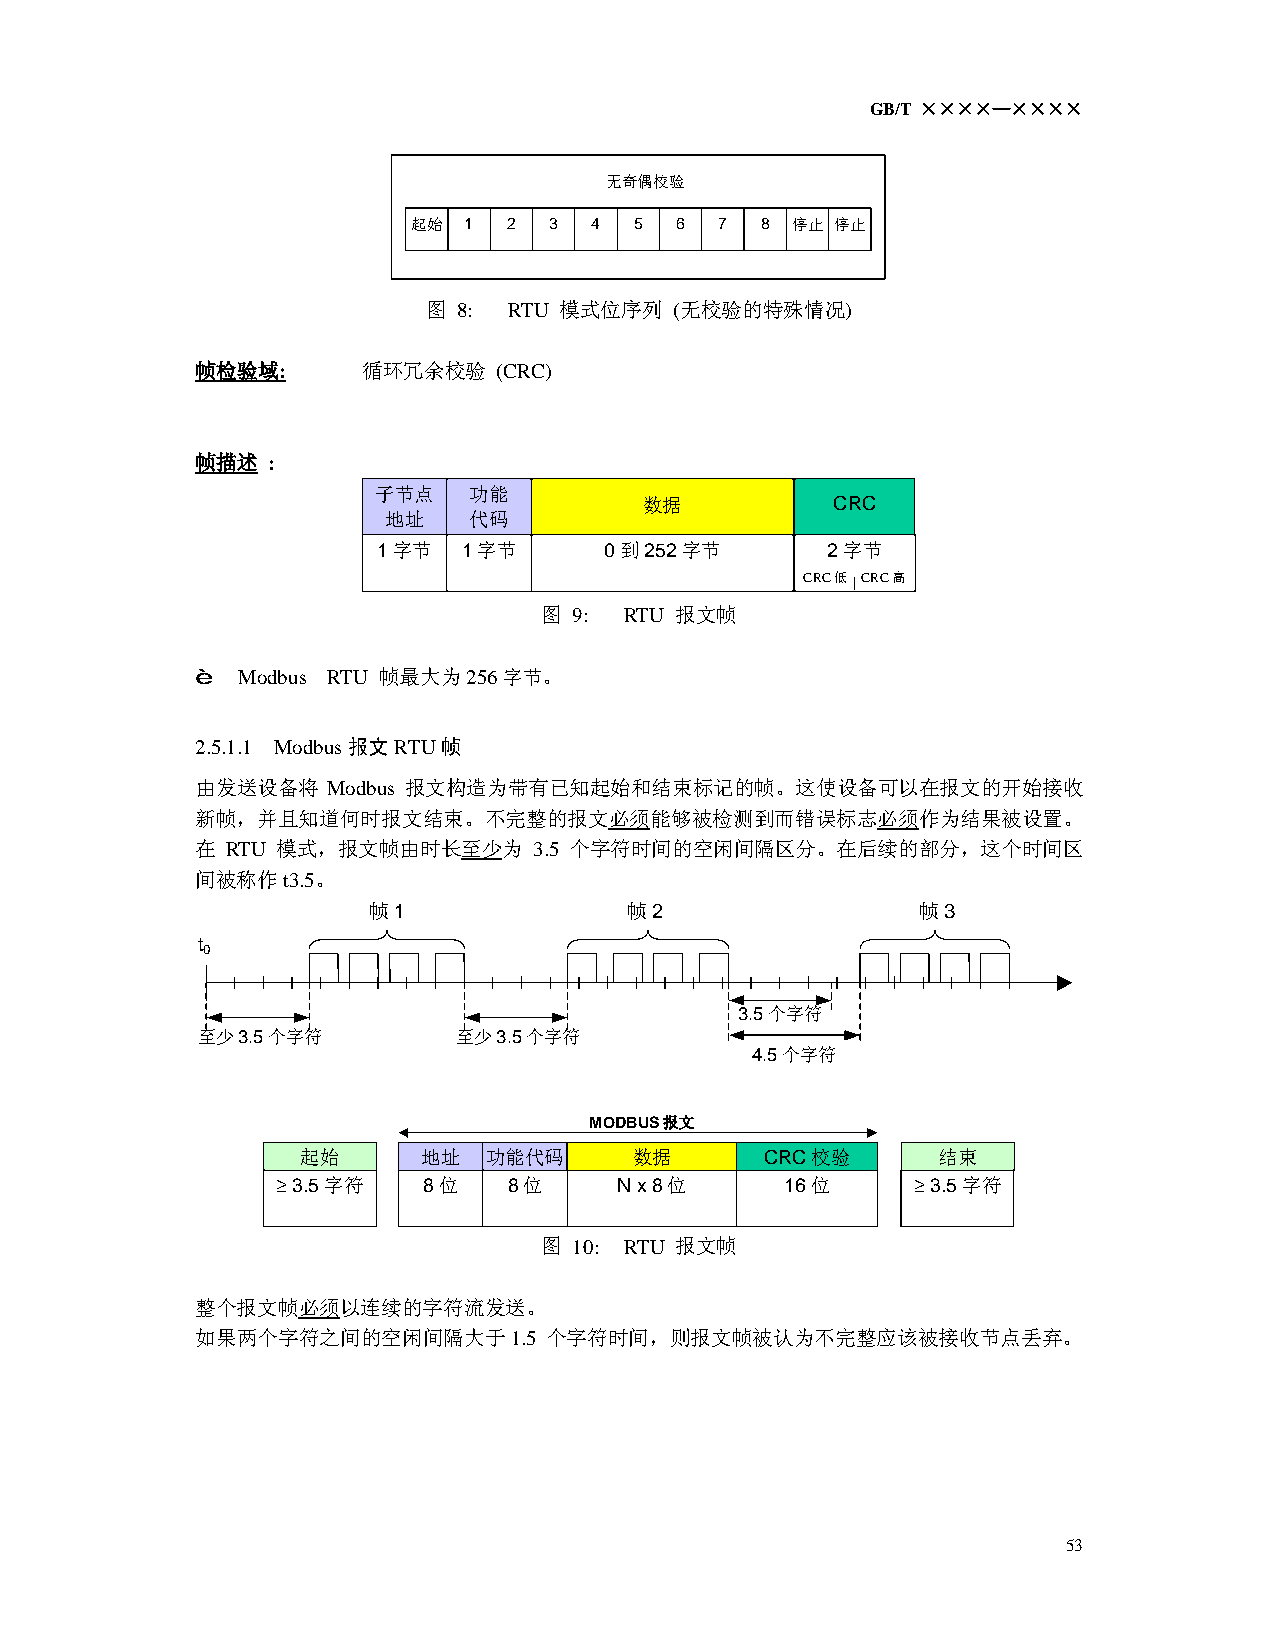
GB/T ××××—××××
 无奇偶校验
 起始  1  2 3  4  5  6  7 8 停止 停止
 图 8:  RTU 模式位序列  (无校验的特殊情况)
 帧检验域:      循环冗余校验   (CRC)
 帧描述  :
 子节点   功能
 数据          CRC
 地址    代码
 1 字节  1字节      0 到 252字节      2 字节
 CRC 低 CRC 高
 图 9: RTU 报文帧
 Ł Modbus RTU 帧最大为256字节。
 2.5.1.1 Modbus报文RTU帧
 由发送设备将   Modbus 报文构造为带有已知起始和结束标记的帧。这使设备可以在报文的开始接收
 新帧，并且知道何时报文结束。不完整的报文必须能够被检测到而错误标志必须作为结果被设置。
 在 RTU 模式，报文帧由时长至少为    3.5 个字符时间的空闲间隔区分。在后续的部分，这个时间区
 间被称作t3.5。
 帧 1              帧2                  帧3
 t
 0
 3.5个字符
 至少3.5个字符         至少3.5个字符
 4.5个字符
 MODBUS报文
 起始      地址  功能代码      数据       CRC 校验     结束
 ‡ 3.5 字符  8 位   8位     N x 8位     16 位    ‡ 3.5 字符
 图 10: RTU 报文帧
 整个报文帧必须以连续的字符流发送。
 如果两个字符之间的空闲间隔大于1.5     个字符时间，则报文帧被认为不完整应该被接收节点丢弃。
 53